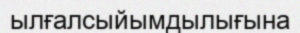
ылғалсыйымдылығына